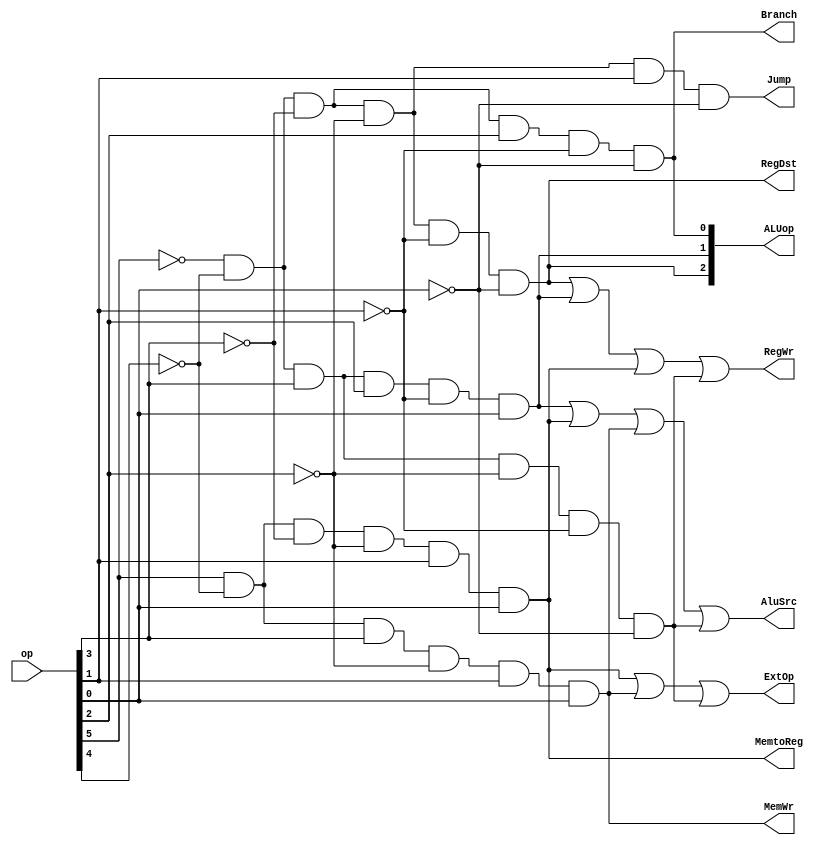
module MIPS_control(op,RegWr,RegDst,ExtOp,AluSrc,ALUop,MemWr,MemtoReg,Branch,Jump);

input [5:0] op;
output RegWr,RegDst,ExtOp,AluSrc,MemWr,MemtoReg,Branch,Jump;
output [2:0] ALUop;

assign RegWr=(!op[5]&!op[4]&!op[3]&!op[2]&!op[1]&!op[0])
		| (!op[5]&!op[4]&op[3]&op[2]&!op[1]&op[0])
		| (op[5]&!op[4]&!op[3]&!op[2]&op[1]&op[0])
		| (!op[5]&!op[4]&op[3]&!op[2]&!op[1]&!op[0]);//R-type ori lw addi
assign RegDst=!op[5]&!op[4]&!op[3]&!op[2]&!op[1]&!op[0];//R-type
assign ExtOp=(op[5]&!op[4]&!op[3]&!op[2]&op[1]&op[0])
		| (op[5]&!op[4]&op[3]&!op[2]&op[1]&op[0])
		| (!op[5]&!op[4]&op[3]&!op[2]&!op[1]&!op[0]);//lw sw addi
assign AluSrc=(!op[5]&!op[4]&op[3]&op[2]&!op[1]&op[0])
		| (op[5]&!op[4]&!op[3]&!op[2]&op[1]&op[0])
		| (op[5]&!op[4]&op[3]&!op[2]&op[1]&op[0])
		| (!op[5]&!op[4]&op[3]&!op[2]&!op[1]&!op[0]);//ori lw sw addi
assign ALUop[2]=!op[5]&!op[4]&!op[3]&!op[2]&!op[1]&!op[0];//R-type
assign ALUop[1]=!op[5]&!op[4]&op[3]&op[2]&!op[1]&op[0];//ori
assign ALUop[0]=!op[5]&!op[4]&!op[3]&op[2]&!op[1]&!op[0];//beq
assign MemWr=op[5]&!op[4]&op[3]&!op[2]&op[1]&op[0];//sw
assign MemtoReg=op[5]&!op[4]&!op[3]&!op[2]&op[1]&op[0];//lw
assign Branch=!op[5]&!op[4]&!op[3]&op[2]&!op[1]&!op[0];//beq
assign Jump=!op[5]&!op[4]&!op[3]&!op[2]&op[1]&!op[0];//jump

endmodule